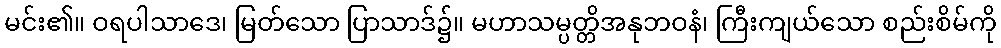
မင်း၏။ ဝရပါသာဒေ၊ မြတ်သော ပြာသာဒ်၌။ မဟာသမ္ပတ္တိအနုဘဝနံ၊ ကြီးကျယ်သော စည်းစိမ်ကို